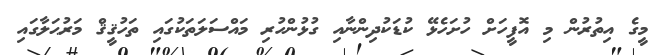
މީގެ އިތުރުން މި އޮފީހަށް ހުށަހެޅޭ ކުޑަކުދިންނާއި ގުޅުންހުރި މައްސަލަތަކުގައި ތަހުޤީޤް މަރުޙަލާގައި